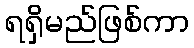
ရရှိမည်ဖြစ်ကာ